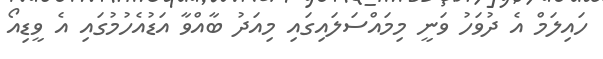
ހައިލަމް އެ ދުވަހު ވަނީ މިމައްސަލައިގައި މިއަދު ބާއްވާ އަޑުއެހުމުގައި އެ ވީޑިއޯ